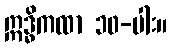
ဣဒ္ဓိကထာ ၁၀-ပါး။